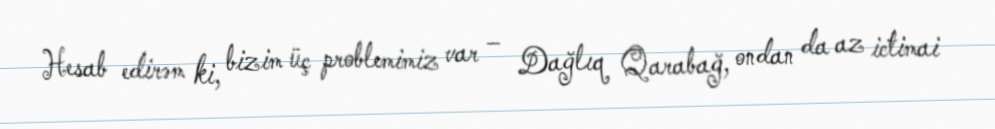
Hesab edirəm ki, bizim üç problemimiz var – Dağlıq Qarabağ, ondan da az ictimai